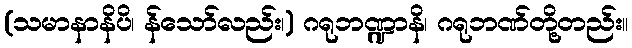
(သမာနာနိပိ၊ န်သော်လည်း၊) ဂရုဘဏ္ဍာနိ၊ ဂရုဘဏ်တို့တည်း။